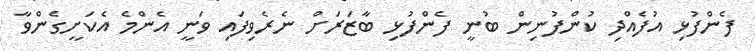
ފެންފުޅި އުފެއްދި ކުންފުނިން ބުނީ ފެންފުޅި ބާޒަރަށް ނެރެވިފައި ވަނީ އެންމެ އެކަށީގެންވާ